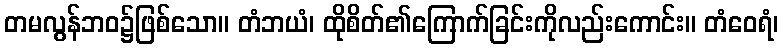
တမလွန်ဘဝ၌ဖြစ်သော။ တံဘယံ၊ ထိုစိတ်၏ကြောက်ခြင်းကိုလည်းကောင်း။ တံဝေရံ၊